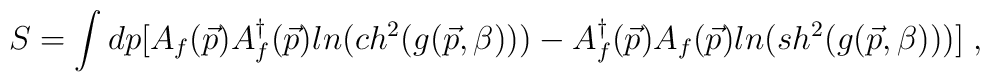
S=\int dp [A_f(\vec{p})A^\dagger _f(\vec{p})ln(ch^2(g(\vec{p},\beta)))          - A^\dagger_f(\vec{p})A_f(\vec{p})ln(sh^2(g(\vec{p},\beta)))]  \;,